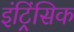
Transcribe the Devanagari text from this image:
इंट्रिंसिक